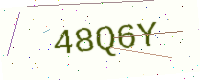
Text: 48Q6Y